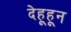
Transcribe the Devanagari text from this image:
देहूहून